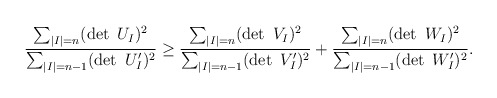
\begin{align*}\frac{\sum_{|I|=n}(\det\ U_I)^2}{\sum_{|I|=n-1}(\det\ U'_I)^2}\ge\frac{\sum_{|I|=n}(\det\ V_I)^2}{\sum_{|I|=n-1}(\det\ V'_I)^2}+\frac{\sum_{|I|=n}(\det\ W_I)^2}{\sum_{|I|=n-1}(\det\ W'_I)^2}.\end{align*}